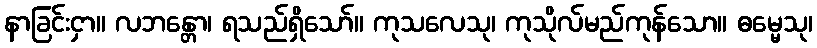
နာခြင်းငှာ။ လဘန္တော၊ ရသည်ရှိသော်။ ကုသလေသု၊ ကုသိုလ်မည်ကုန်သော။ ဓမ္မေသု၊